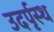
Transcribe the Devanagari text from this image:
उदर्पृस्थ